Summary of further report on surra
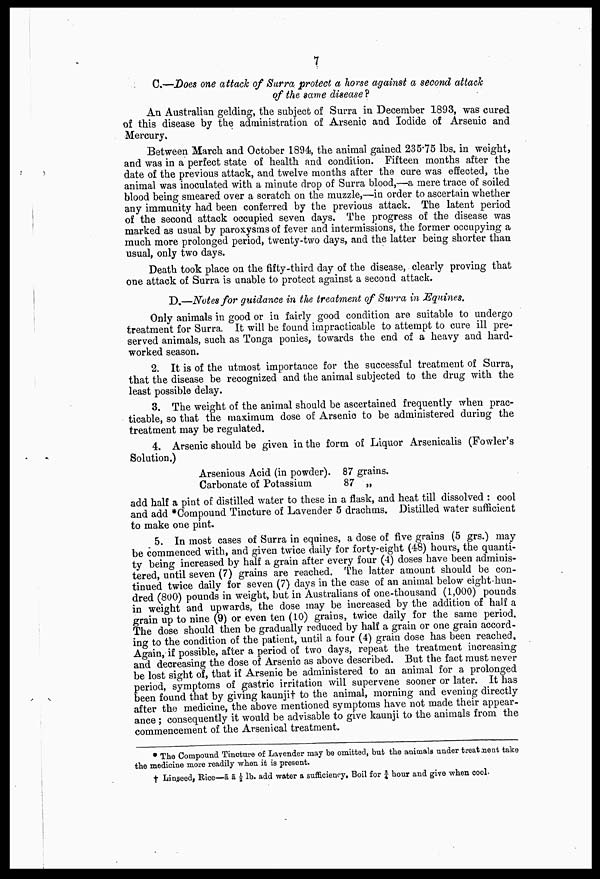
7
C.—Does one attack of Surra protect a horse against a second attach
of the same disease?
An Australian gelding, the subject of Surra in December 1893, was cured
of this disease by the administration of Arsenic and Iodide of Arsenic and
Mercury.
Between March and October 1894, the animal gained 235.75 lbs. in weight,
and was in a perfect state of health and condition. Fifteen months after the
date of the previous attack, and twelve months after the cure was effected, the
animal was inoculated with a minute drop of Surra blood,—a mere trace of soiled
blood being smeared over a scratch on the muzzle,—in order to ascertain whether
any immunity had been conferred by the previous attack. The latent period
of the second attack occupied seven days. The progress of the disease was
marked as usual by paroxysms of fever and intermissions, the former occupying a
much more prolonged period, twenty-two days, and the latter being shorter than
usual, only two days.
Death took place on the fifty-third day of the disease, clearly proving that
one attack of Surra is unable to protect against a second attack.
D.—Notes for guidance in the treatment of Surra in Equines.
Only animals in good or in fairly good condition are suitable to undergo
treatment for Surra. It will be found impracticable to attempt to cure ill pre-
served animals, such as Tonga ponies, towards the end of a heavy and hard-
worked season.
2. It is of the utmost importance for the successful treatment of Surra,
that the disease be recognized and the animal subjected to the drug with the
least possible delay.
3. The weight of the animal should be ascertained frequently when prac-
ticable, so that the maximum dose of Arsenic to be administered during the
treatment may be regulated.
4. Arsenic should be given in the form of Liquor Arsenicalis (Fowler's
Solution.)
Arsenious Acid (in powder). 87 grains.
Carbonate of Potassium
87 „
add half a pint of distilled water to these in a flask, and heat till dissolved : cool
and add *Compound Tincture of Lavender 5 drachms. Distilled water sufficient
to make one pint.
5. In most cases of Surra in equines, a dose of five grains (5 grs.) may
be commenced with, and given twice daily for forty-eight (48) hours, the quanti-
ty being increased by half a grain after every four (4) doses have been adminis-
tered, until seven (7) grains are reached. The latter amount should be con-
tinued twice daily for seven (7) days in the case of an animal below eight-hun-
dred (800) pounds in weight, but in Australians of one-thousand (1,000) pounds
in weight and upwards, the dose may be increased by the addition of half a
grain up to nine (9) or even ten (10) grains, twice daily for the same period.
The dose should then be gradually reduced by half a grain or one grain accord-
ing to the condition of the patient, until a four (4) grain dose has been reached.
Again, if possible, after a period of two days, repeat the treatment increasing
and decreasing the dose of Arsenic as above described. But the fact must never
be lost sight of, that if Arsenic be administered to an animal for a prolonged
period, symptoms of gastric irritation will supervene sooner or later. It has
been found that by giving kaunjit to the animal, morning and evening directly
after the medicine, the above mentioned symptoms have not made their appear-
ance ; consequently it would be advisable to give kaunji to the animals from the
commencement of the Arsenical treatment.
* The Compound Tincture of Lavender may be omitted, but the animals under treatment take
the medicine more readily when it is present.
† Linseed, Rice—ã ã ½ lb. add water a sufficiency. Boil for ¾ hour and give when cool